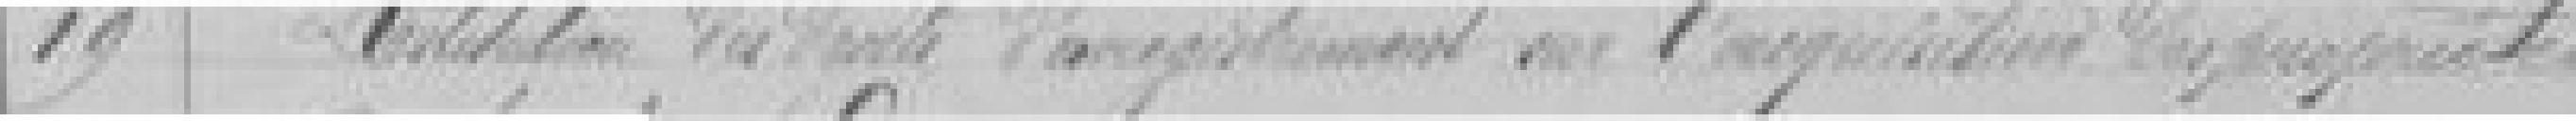
19. Restitution des droits ?? d'enregistrement sur l'acquisition des propriétés